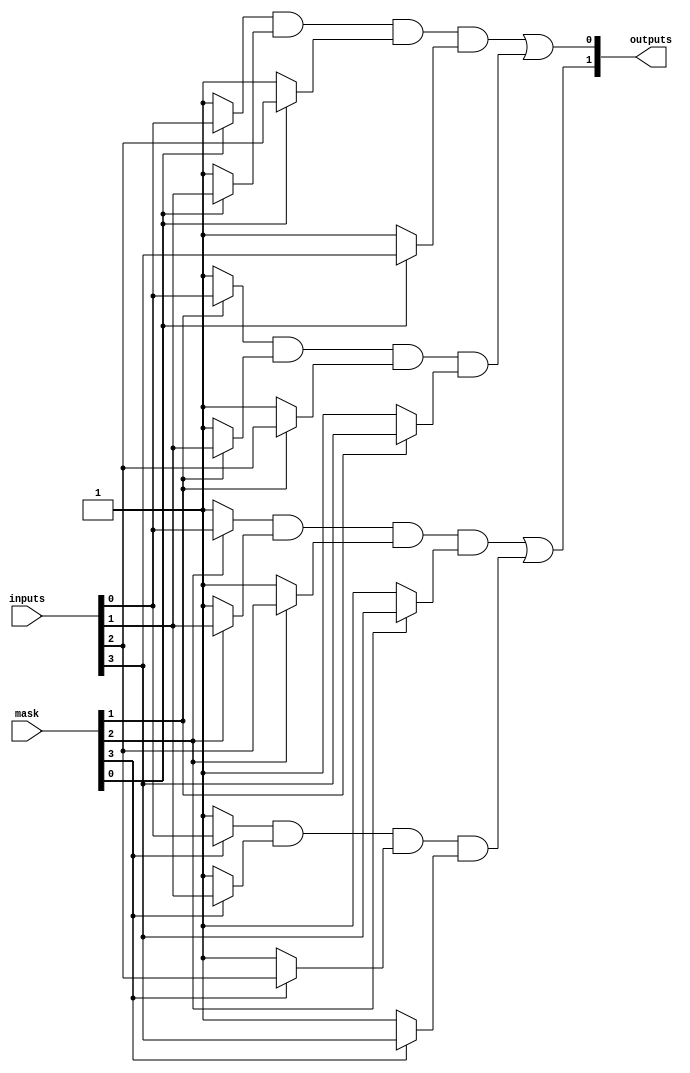
module MaskedPAL (
    input wire [N-1:0] inputs,      // N input signals
    input wire [M-1:0] mask,        // M mask signals for AND gates
    output wire [P-1:0] outputs      // P output signals
);
    parameter N = 8;                // Number of inputs
    parameter M = 4;                // Number of mask signals
    parameter P = 2;                // Number of outputs
    parameter T = 4;                // Number of product terms (AND gates)

    // Programmable AND array
    wire [T-1:0] and_out;           // Outputs of AND gates

    // Example of programmable AND gates
    generate
        genvar i;
        for (i = 0; i < T; i = i + 1) begin : and_gates
            assign and_out[i] = (mask[i] ? inputs[0] : 1'b1) &  // Masking input 0
                                 (mask[i] ? inputs[1] : 1'b1) &  // Masking input 1
                                 (mask[i] ? inputs[2] : 1'b1) &  // Masking input 2
                                 (mask[i] ? inputs[3] : 1'b1);   // Masking input 3
        end
    endgenerate

    // Fixed OR array
    assign outputs[0] = and_out[0] | and_out[1]; // Output 1
    assign outputs[1] = and_out[2] | and_out[3]; // Output 2

endmodule